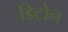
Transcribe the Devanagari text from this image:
डिटोन